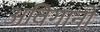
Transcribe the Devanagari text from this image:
अविगानों